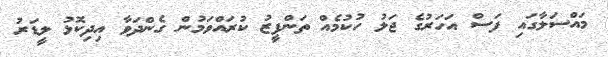
މައްސަލާގައި ފަސް އަހަރުގެ ޖަލު ހުކުމެއް ތަންފީޒު ކުރައްވަމުން ގެންދަވާ އިދިކޮޅު ލީޑަރު